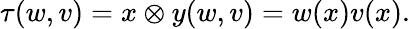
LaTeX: \tau(w,v)={x\otimes y}(w,v)=w(x)v(x).